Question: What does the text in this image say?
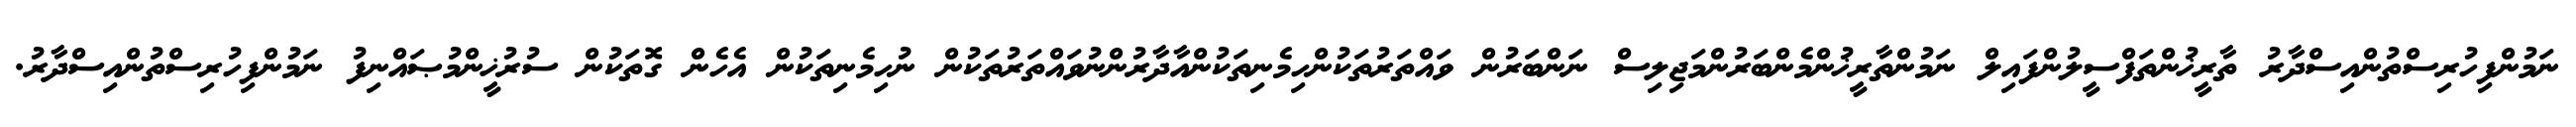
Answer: ނަމުންފިހުރިސްތުންއިސްދާރު ތާރީޚުންތަފްސީލުންފައިލް ނަމުންތާރީޚުންމެންބަރުންމަޖިލިސް ނަންބަރުން ވައްތަރުތަކުންހިމެނިތަކުންއާދާރުންނުވައްތަރުތަކުން ނުހިމެނިތަކުން އެހެން ގޮތަކުން ސުރުޚީންމުޞައްނިފު ނަމުންފިހުރިސްތުންއިސްދާރު.